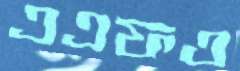
এএফও